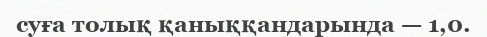
суға толық қаныққандарында — 1,0.